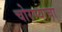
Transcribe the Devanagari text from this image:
चोरण्याचा